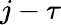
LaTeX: j-\tau